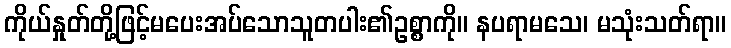
ကိုယ်နှုတ်တို့ဖြင့်မပေးအပ်သောသူတပါး၏ဥစ္စာကို။ နပရာမသေ၊ မသုံးသတ်ရာ။